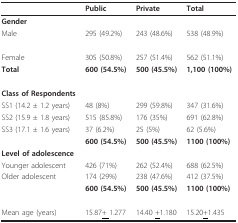
<table><thead><tr><td></td><td><b>Public</b></td><td><b>Private</b></td><td><b>Total</b></td></tr></thead><tbody><tr><td><b>Gender</b></td><td></td><td></td><td></td></tr><tr><td>Male</td><td>295 (49.2%)</td><td>243 (48.6%)</td><td>538 (48.9%)</td></tr><tr><td>Female</td><td>305 (50.8%)</td><td>257 (51.4%)</td><td>562 (51.1%)</td></tr><tr><td><b>Total</b></td><td><b>600 (54.5%)</b></td><td><b>500 (45.5%)</b></td><td><b>1,100 (100%)</b></td></tr><tr><td><b>Class of Respondents</b></td><td></td><td></td><td></td></tr><tr><td>SS1 (14.2 ± 1.2 years)</td><td>48 (8%)</td><td>299 (59.8%)</td><td>347 (31.6%)</td></tr><tr><td>SS2 (15.9 ± 1.8 years)</td><td>515 (85.8%)</td><td>176 (35%)</td><td>691 (62.8%)</td></tr><tr><td>SS3 (17.1 ± 1.6 years)</td><td>37 (6.2%)</td><td>25 (5%)</td><td>62 (5.6%)</td></tr><tr><td></td><td><b>600 (54.5%)</b></td><td><b>500 (45.5%)</b></td><td><b>1100 (100%)</b></td></tr><tr><td><b>Level of adolescence</b></td><td></td><td></td><td></td></tr><tr><td>Younger adolescent</td><td>426 (71%)</td><td>262 (52.4%)</td><td>688 (62.5%)</td></tr><tr><td>Older adolescent</td><td>174 (29%)</td><td>238 (47.6%)</td><td>412 (37.5%)</td></tr><tr><td></td><td><b>600 (54.5%)</b></td><td><b>500 (45.5%)</b></td><td><b>1100 (100%)</b></td></tr><tr><td>Mean age (years)</td><td>15.87<underline>+ </underline>1.277</td><td>14.40 <underline>+</underline>1.180</td><td>15.20<underline>+</underline>1.435</td></tr></tbody></table>